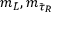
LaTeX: m _ { \tilde { L } } , m _ { { \tilde { \tau } } _ { R } }